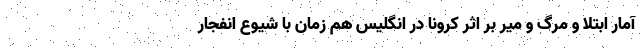
آمار ابتلا و مرگ‌ و میر بر اثر کرونا در انگلیس هم زمان با شیوع انفجار